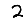
Digit: 2